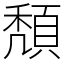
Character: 頽